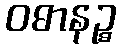
ဝဓာနဉ္စ